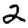
Digit: 2